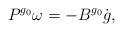
LaTeX: \begin{align*}P^{g_0} \omega = - B^{g_0} \dot g,\end{align*}